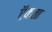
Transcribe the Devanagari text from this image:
ऍकता